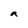
Character: a